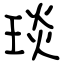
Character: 琰